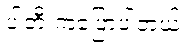
ပါတီ ကပြောပါတယ်။